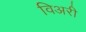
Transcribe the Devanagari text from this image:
विअरी